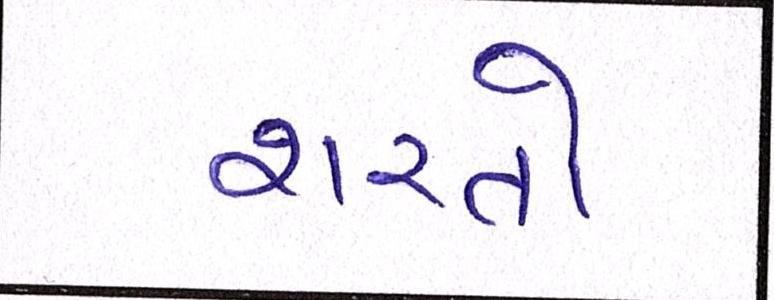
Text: શરતો